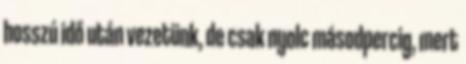
hosszú idő után vezetünk, de csak nyolc másodpercig, mert